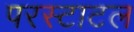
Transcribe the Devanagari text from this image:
परस्टाटल